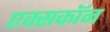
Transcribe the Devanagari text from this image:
एक्सकॉन